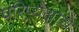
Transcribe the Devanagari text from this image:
परिप्र्येक्षाचे